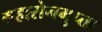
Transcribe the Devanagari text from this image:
महासेनगुप्ता